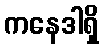
ကနေဒါရှိ